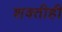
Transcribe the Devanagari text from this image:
शक्तीही